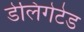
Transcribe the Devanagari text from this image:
डेलिगेटेड